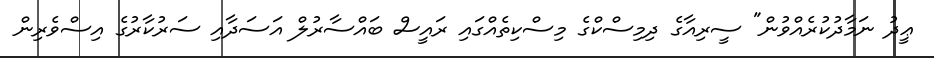
ޢީދު ނަމާދުކުރެއްވުން" ސީރިއާގެ ދިމިސްކްގެ މިސްކިތެއްގައި ރައީސް ބައްސާރުލް އަސަދާއި ސަރުކާރުގެ އިސްވެރިން